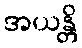
အယန္တိ